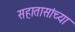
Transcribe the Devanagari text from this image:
सहातासांच्या